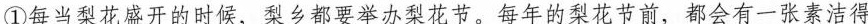
①每当梨花盛开的时候，梨乡都要举办梨花节。每年的梨花节前，都会有一张素洁得